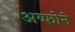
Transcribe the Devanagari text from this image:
अय्फोने